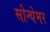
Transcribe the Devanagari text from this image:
सोन्थेमर